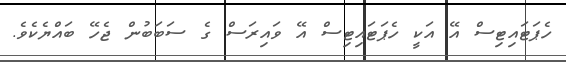
ހެޕަޓައިޓިސް އޭ އަކީ ހެޕަޓައިޓިސް އޭ ވައިރަސް ގެ ސަބަބުން ޖެހޭ ބައްޔެކެވެ.